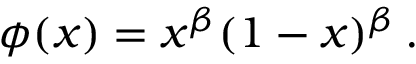
\phi ( x ) = x ^ { \beta } ( 1 - x ) ^ { \beta } \, .